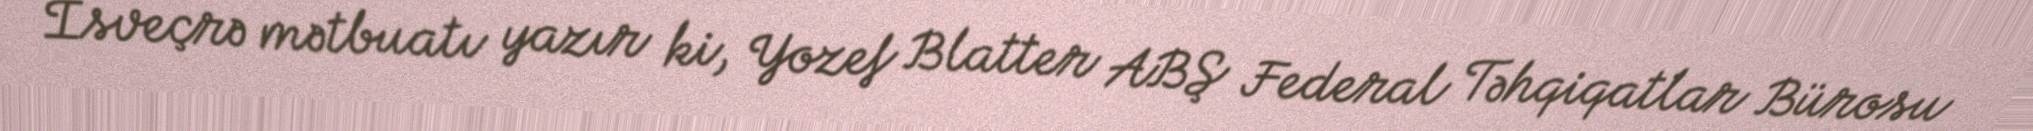
İsveçrə mətbuatı yazır ki, Yozef Blatter ABŞ Federal Təhqiqatlar Bürosu